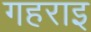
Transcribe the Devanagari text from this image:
गहराइ